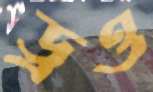
ড্রও